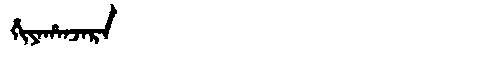
Manchu: ᡥᡳᠶᠠᡥᠠᠨᠵᠠᡵᠠ
Romanization: HIYAHANJARA